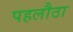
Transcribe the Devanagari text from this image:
पहलौठा